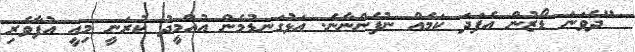
"ދެވަނަ ޑޯޒުން އެފަދަ ކަމެއް ނުފެންނާނެ. އަޅުގަނޑުމެން އުއްމީދު ކުރަނީ މިއީ އުފާވެރި